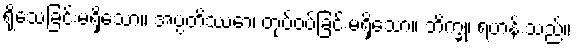
ရိုသေခြင်းမရှိသော။ အပ္ပတိဿော၊ တုပ်ဝပ်ခြင်းမရှိသော။ ဘိက္ခု၊ ရဟန်းသည်။